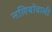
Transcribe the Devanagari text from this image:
नलियोंवाली